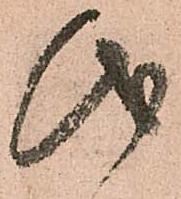
儀